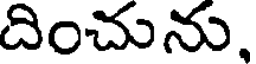
దించును,